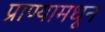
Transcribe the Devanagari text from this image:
प्राण्यामधून